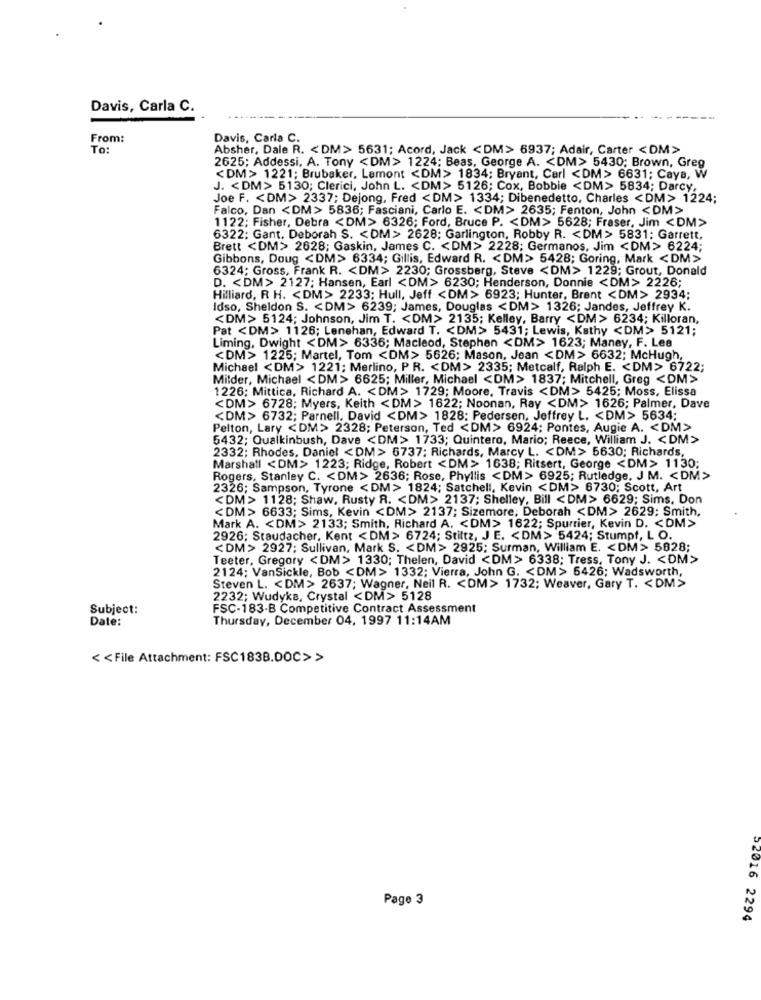
Davis, Carla C.
From:
Davis, Carla C.
To:
Absher, Dale R. < DM> 5631; Acord, Jack <DM> 6937; Adair, Carter <DM>
2625; Addessi, A. Tony <DM> 1224; Beas, George A. < DM> 5430; Brown, Greg
<DM> 1221; Brubaker, Lamont <DM> 1834; Bryant, Carl <DM> 6631; Caya, W
J. < DM> 5130; Clerici, John L. < DM> 5126; Cox, Bobbie <DM> 5834; Darcy,
Joe F. < DM> 2337; Dejong, Fred <DM> 1334; Dibenedetto, Charles <DM> 1224;
Falco, Dan <DM> 5836; Fasciani, Carlo E. < DM> 2635; Fenton, John <DM>
1122; Fisher, Debra <DM> 6326; Ford, Bruce P. < DM> 5628; Fraser, Jim <DM>
6322; Gant. Deborah S. < DM> 2628; Garlington, Robby R. < DM > 5831: Garrett,
Brett <DM> 2628; Gaskin, James C. < DM> 2228; Germanos, Jim <DM> 6224;
Gibbons, Doug <DM> 6334; Gillis, Edward R. < DM> 5428; Goring, Mark <DM>
6324; Gross, Frank R. < DM> 2230; Grossberg, Steve <DM> 1229; Grout, Donald
D. < DM> 2127; Hansen, Earl <DM> 6230; Henderson, Donnie <DM> 2226;
Hilliard, R H. < DM> 2233; Hull, Jeff <DM> 6923; Hunter, Brent <DM> 2934;
Idso, Sheldon S. < DM> 6239; James, Douglas <DM> 1326; Jandes, Jeffrey K.
<DM> 5124; Johnson, Jim T. < DM> 2135; Kelley, Barry <DM> 6234; Killoran,
Pat <DM> 1126; Lenehan, Edward T. < DM> 5431; Lewis, Kathy <DM> 5121;
Liming, Dwight <DM> 6336; Macleod, Stephen <DM> 1623; Maney, F. Lee
<DM> 1225; Martel, Tom <DM> 5626; Mason, Jean <DM> 6632; McHugh,
Michael <DM> 1221; Merlino, P.R. < DM> 2335; Metcalf, Ralph E. < DM> 6722;
Mitder, Michael < DM> 6625; Miller, Michael <DM> 1837; Mitchell, Greg <DM>
1226; Mittica, Richard A. < DM> 1729; Moore, Travis <DM> 5425; Moss, Elissa
<DM> 6728; Myers, Keith <DM> 1622; Noonan, Ray <DM> 1626; Palmer, Dave
<DM> 6732; Parnell. David <DM> 1828; Pedersen, Jeffrey L. < DM> 5634;
Pelton, Lary <DM> 2328; Peterson, Ted <DM> 6924; Pontes, Augie A. < DM>
5432; Qualkinbush, Dave <DM> 1733; Quintero, Mario; Reece, William J. < DM>
2332; Rhodes, Daniel < DM > 6737; Richards, Marcy L. < DM> 5630; Richards,
Marshall <DM> 1223; Ridge, Robert <DM > 1638; Ritsert, George <DM> 1130;
Rogers, Stanley C. < DM> 2636; Rose, Phyllis <DM> 6925; Rutledge. J M. < DM>
2326; Sampson, Tyrone < DM > 1824; Satchell, Kevin <DM> 6730; Scott, Art
<DM> 1128; Shaw, Rusty R. < DM> 2137; Shelley, Bill <DM> 6629; Sims, Don
<DM> 6633; Sims, Kevin <DM> 2137; Sizemore, Deborah <DM> 2629; Smith,
Mark A. < DM> 2133; Smith, Richard A. < DM> 1622; Spurrier, Kevin D. < DM>
2926; Staudacher, Kent < DM> 6724; Stiltz, J E. < DM> 5424; Stumpf, L O.
<DM> 2927; Sullivan, Mark S. < DM> 2925; Surman, William E. < DM> 5828;
Teeter, Gregory <DM> 1330; Thelen, David <DM> 6338; Tress, Tony J. < DM>
2124; VanSickle, Bob <DM> 1332; Vierra, John G. < DM > 5426; Wadsworth,
Steven L. < DM> 2637; Wagner, Neil R. < DM> 1732; Weaver, Gary T. < DM>
2232; Wudyks, Crystal <DM> 5128
Subject:
FSC-183-B Competitive Contract Assessment
Date:
Thursday, December 04, 1997 11:14AM
< < File Attachment: FSC1838.DOC>>
Page 3
52016 2294